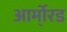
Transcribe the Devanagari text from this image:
आर्मो्रड